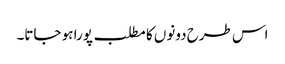
اس طرح دونوں کا مطلب پورا ہو جاتا۔